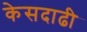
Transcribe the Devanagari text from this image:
केसदाढी